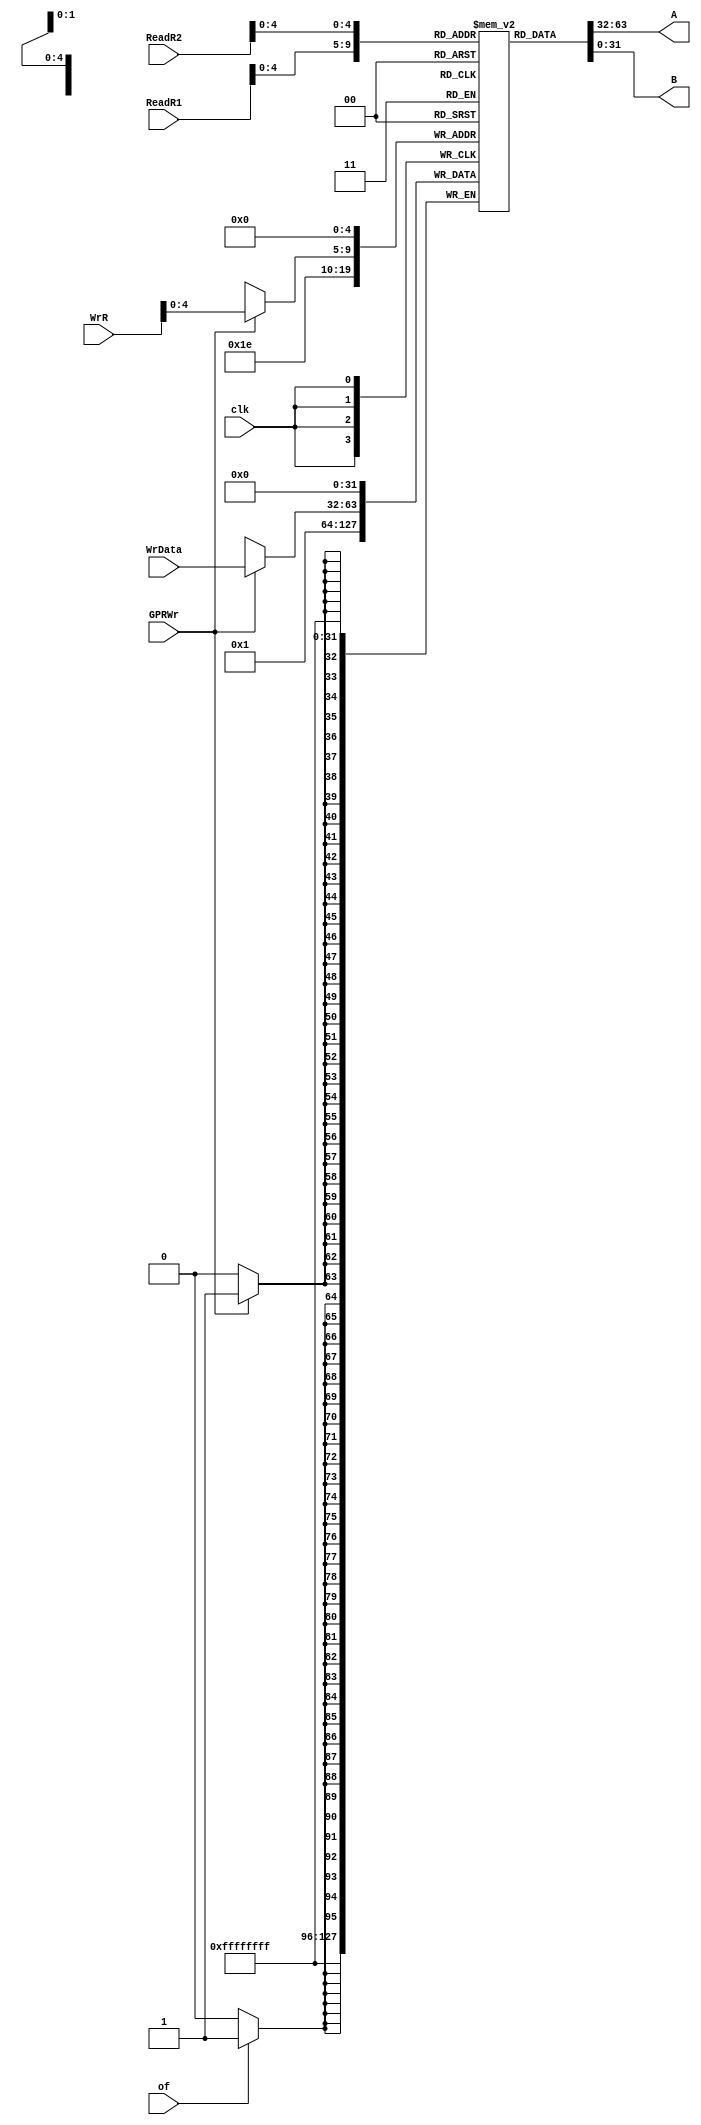
module GPR(clk,ReadR1,ReadR2,WrR,WrData,GPRWr,A,B,of);
  
  input clk;
  input GPRWr;
  input of;
  input [31:0]ReadR1,ReadR2,WrR;
  input [31:0]WrData;
  output wire[31:0]A,B;
  
  reg [31:0] gpr1[31:0];       //????
  
  integer i;
	initial begin

		for (i = 0; i < 32; i = i + 1) begin
			gpr1[i] = 0;
		end
	end
  
  always@(negedge clk)
  begin
    gpr1[0]=0;
  end
  
  always@(posedge clk  )
  begin
    
    gpr1[0]=0;
    if(GPRWr)
      begin
      gpr1[WrR]=WrData;
        
      end
    if(of)
      gpr1[5'b11110]=32'h0000_0001;
    
  end
  assign A=gpr1[ReadR1];
  assign  B=gpr1[ReadR2];
  
endmodule